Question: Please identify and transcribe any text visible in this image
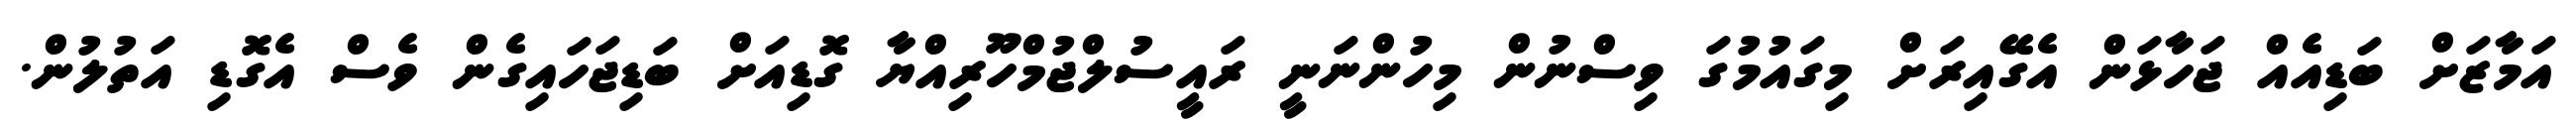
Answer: އަމާޒަށް ބަޑިއެއް ޖަހާޅަން އެގޭއިރަށް މިގައުމުގަ ވިސްނުން މިހުންނަނީ ރައީސުލްޖުމްހޫރިއްޔާ ގޮޑިއަށް ބަޑިޖަހައިގެން ވެސް އެގޮޑި އަތުލުން.